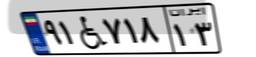
۹۱W۷۱۸۱۳